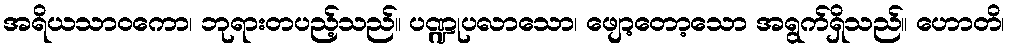
အရိယသာဝကော၊ ဘုရားတပည့်သည်။ ပဏ္ဍုပလာသော၊ ဖျော့တော့သော အရွက်ရှိသည်။ ဟောတိ၊